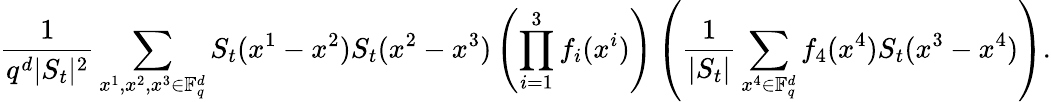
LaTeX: \frac{1}{q^{d}|S_{t}|^{2}}\sum_{x^{1},x^{2},x^{3}\in\mathbb F_{q}^{d}}S_{t}(x^{1}-x^{2})S_{t}(x^{2}-x^{3})\left(\prod_{i=1}^{3}f_{i}(x^{i})\right)\left(\frac{1}{|S_{t}|}\sum_{x^{4}\in\mathbb F_{q}^{d}}f_{4}(x^{4})S_{t}(x^{3}-x^{4})\right).